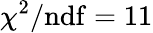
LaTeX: \chi^{2}/\mathrm{ndf}=11